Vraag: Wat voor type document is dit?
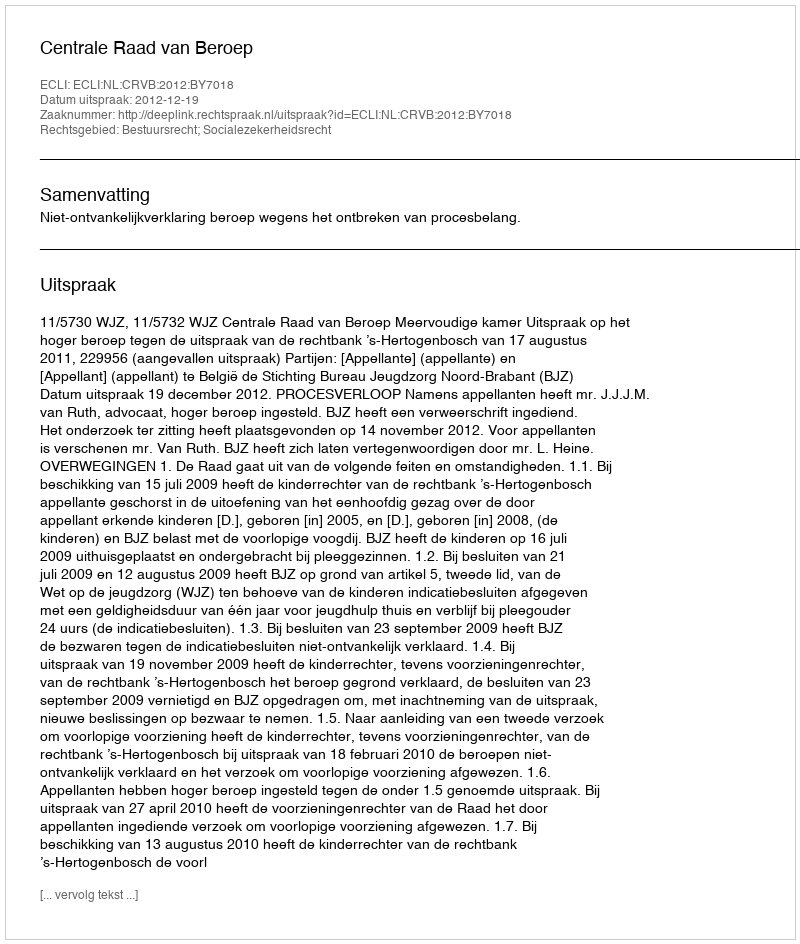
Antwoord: Uitspraak